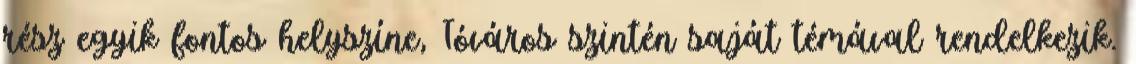
rész egyik fontos helyszíne, Tóváros szintén saját témával rendelkezik.